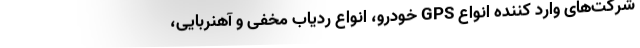
شرکت‌های وارد کننده انواع GPS خودرو، انواع ردیاب مخفی و آهنربایی،